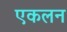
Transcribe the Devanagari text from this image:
एकलन